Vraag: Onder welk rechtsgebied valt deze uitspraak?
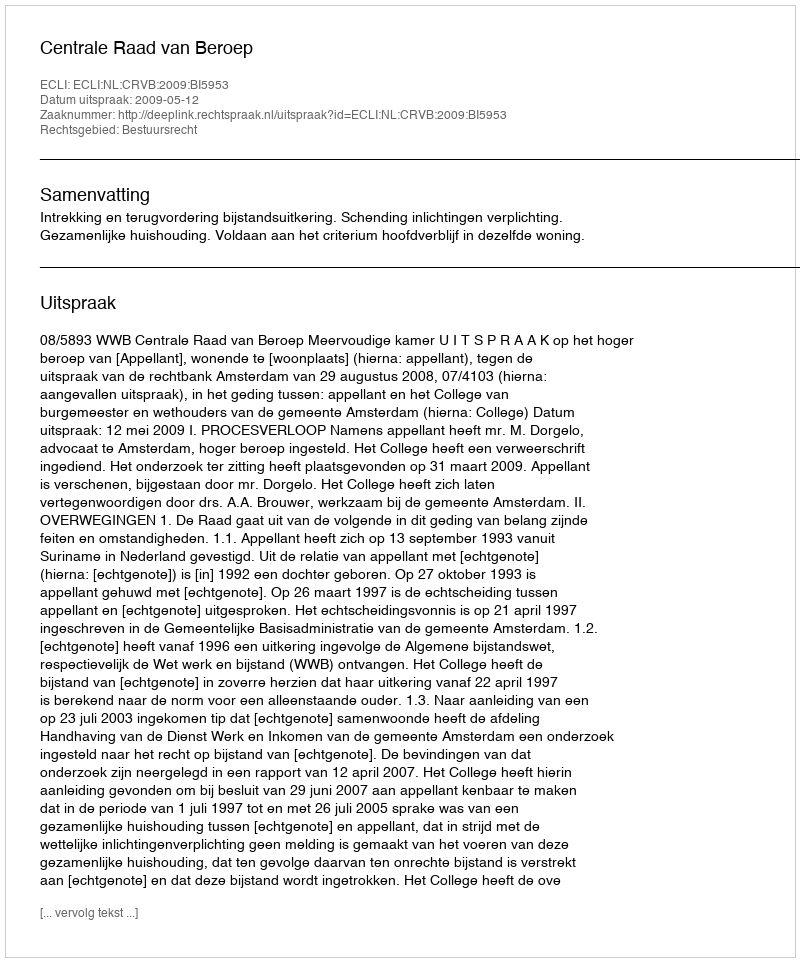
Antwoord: Bestuursrecht